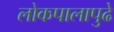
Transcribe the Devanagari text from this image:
लोकपालापुढे